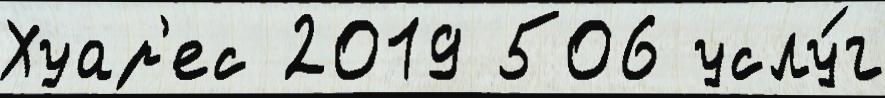
Хуар'ес 2019 506 услу́г